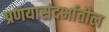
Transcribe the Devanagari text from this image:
प्रणयासंदर्भातील